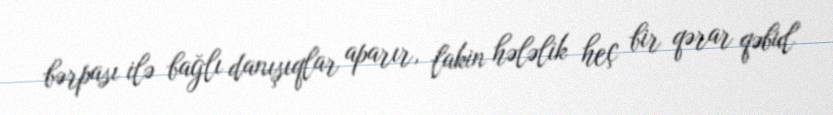
bərpası ilə bağlı danışıqlar aparır, lakin hələlik heç bir qərar qəbul